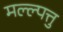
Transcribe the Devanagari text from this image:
मल्ल्पत्तु